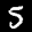
Label: 5